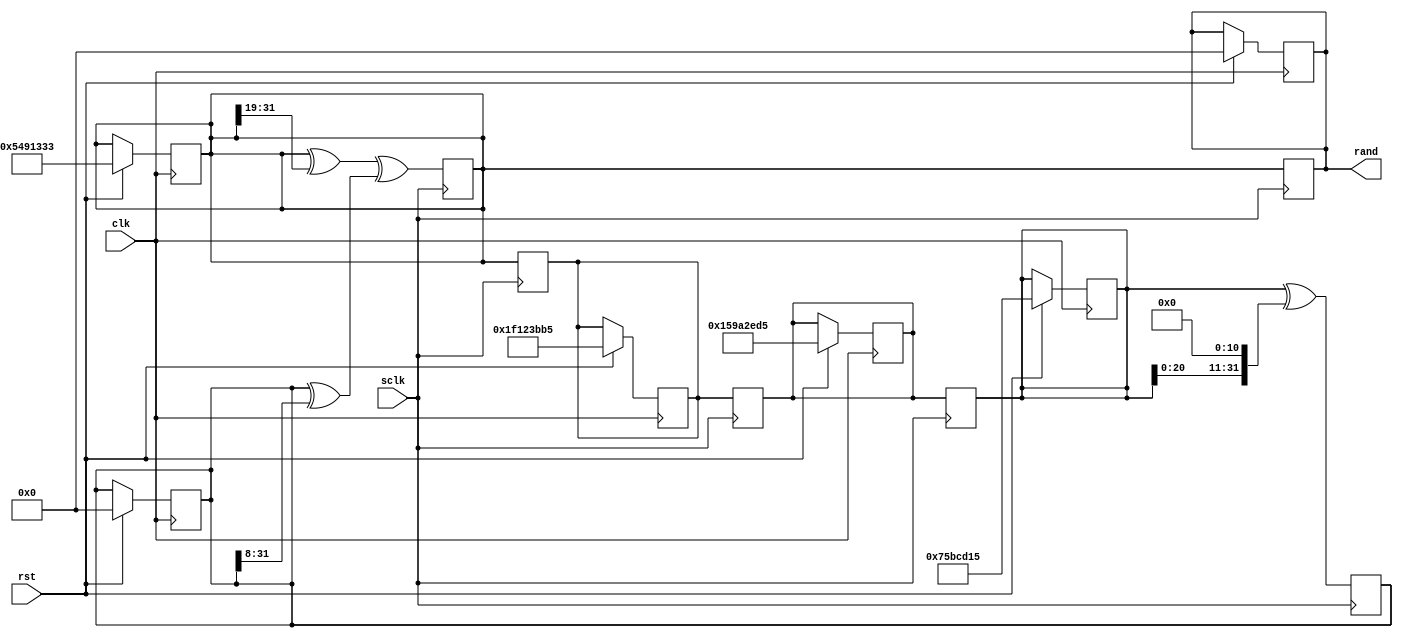
module rand_gen(
    input clk,
    input sclk,
    input rst,
    output reg [31:0] rand
    );

    reg [31:0] x;
    reg [31:0] y;
    reg [31:0] z;
    reg [31:0] w;
    reg [31:0] t;

    always @(posedge clk)begin
        if(rst == 1)begin
            x <= 123456789;
            y <= 362426069;
            z <= 521288629;
            w <= 88675123;
            t <= 0;
            rand <= 0;
        end
    end

    always @(posedge sclk)begin
        t <= x^(x<<11);
        x <= y;
        y <= z;
        z <= w;
        w <= (w^(w>>19)) ^ (t^(t>>8));
        rand <= w;
    end

    endmodule